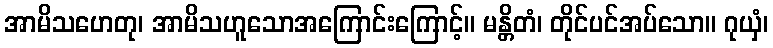
အာမိသဟေတု၊ အာမိသဟူသောအကြောင်းကြောင့်။ မန္တိတံ၊ တိုင်ပင်အပ်သော။ ဂုယှံ၊